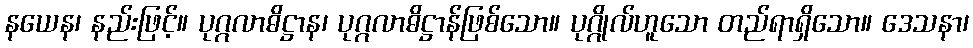
နယေန၊ နည်းဖြင့်။ ပုဂ္ဂလာဓိဋ္ဌာန၊ ပုဂ္ဂလာဓိဋ္ဌာန်ဖြစ်သော။ ပုဂ္ဂိုလ်ဟူသော တည်ရာရှိသော။ ဒေသနာ၊